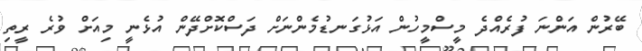
ބޭރުން އަންނަ ފުރެއްދެ މީސްމީހުން އަޅުގަނޑުމެންނަށް ދަސްކޮށްދޭން އުޅެނީ މިއަށް ވުރެ ރީތި